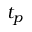
t _ { p }